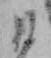
ひ